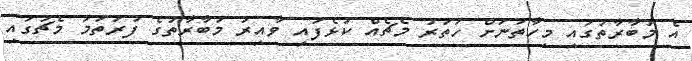
އެ މުބާރާތުގައި މިހާތަނަށް ހަތަރު މެޗެއް ކުޅެފައި ވާއިރު މުބާރާތުގެ ފުރަތަމަ މެޗުގައި